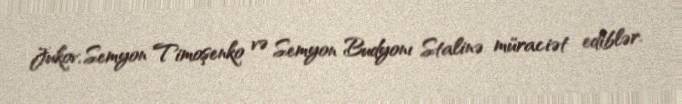
Jukov, Semyon Timoşenko və Semyon Budyonı Stalinə müraciət ediblər.